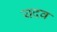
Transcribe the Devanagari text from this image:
यदव